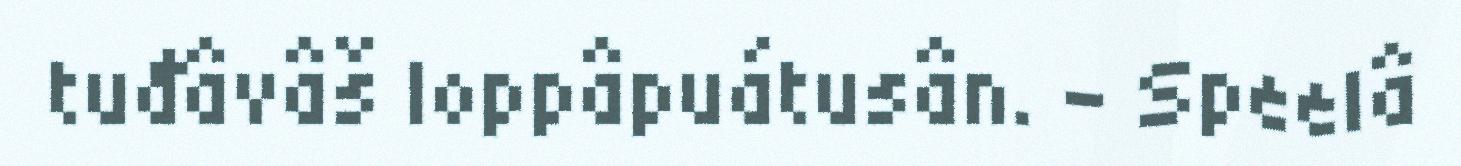
tuđâvâš loppâpuátusân. – Speelâ